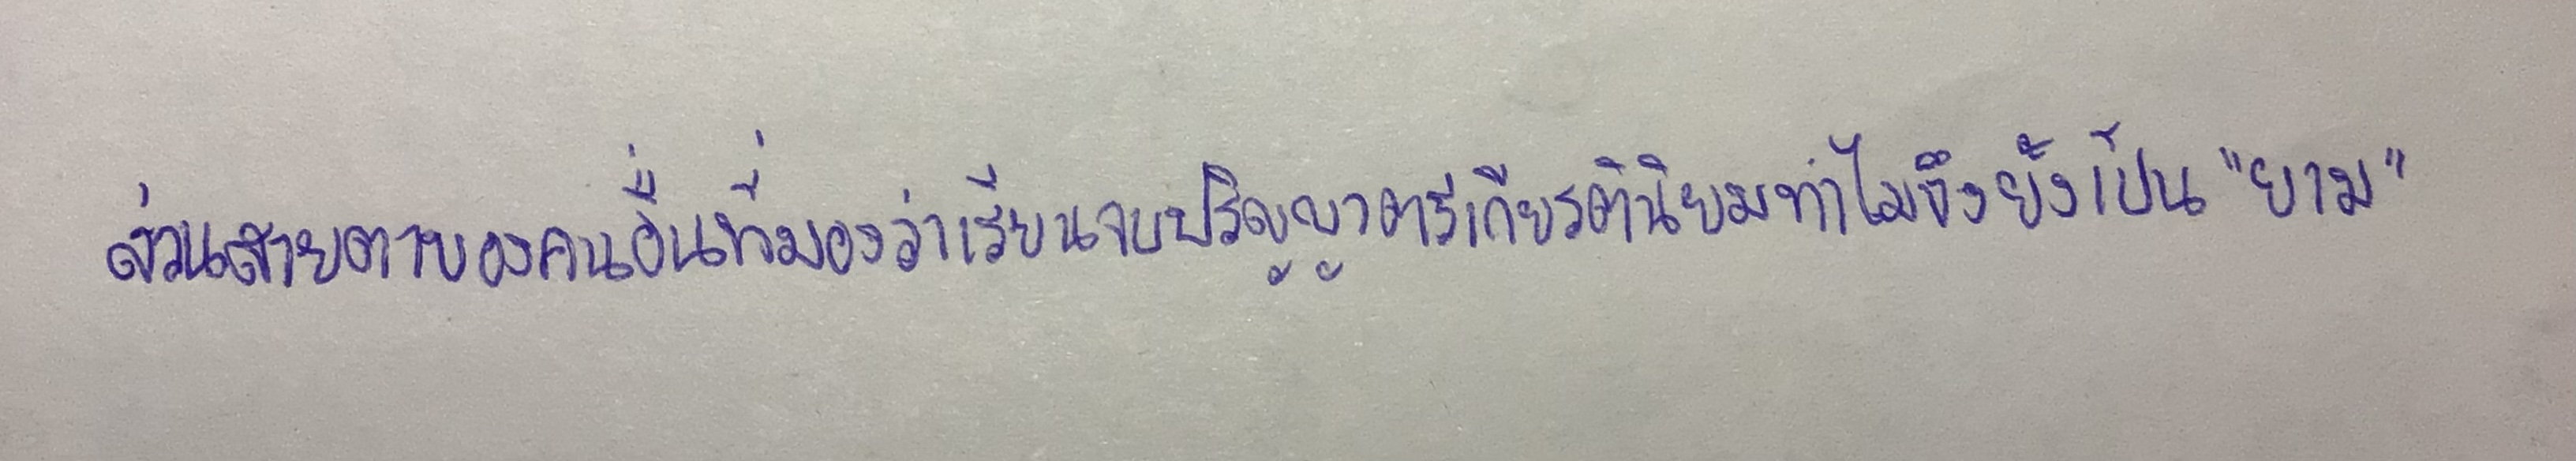
ส่วนสายตาของคนอื่นที่มองว่าเรียนจบปริญญาตรีเกียรตินิยมทำไมจึงยังเป็น"ยาม"